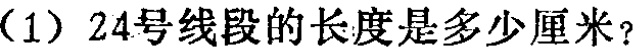
(1) 24号线段的长度是多少厘米？